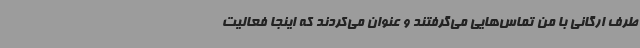
طرف ارگانی با من تماس‌هایی می‌گرفتند و عنوان می‌کردند که اینجا فعالیت